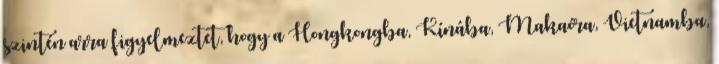
szintén arra figyelmeztet, hogy a Hongkongba, Kínába, Makaóra, Vietnamba,